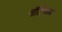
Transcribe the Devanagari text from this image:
नाॅटिंग्हम